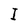
Character: I